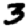
Digit: 3